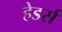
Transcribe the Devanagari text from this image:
हेडर्स